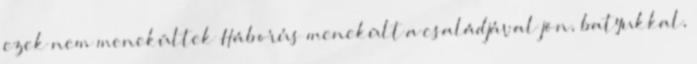
ezek nem menekültek Háborús menekült a családjával jön, batyukkal,